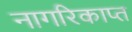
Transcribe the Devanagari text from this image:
नागरिकाप्त